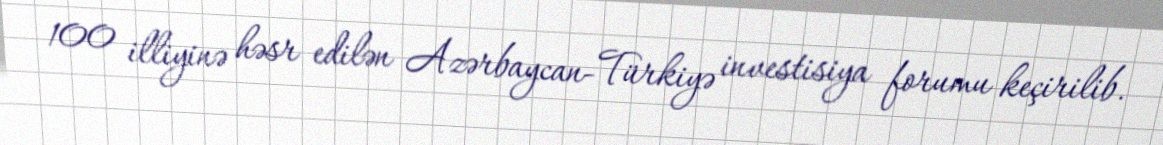
100 illiyinə həsr edilən Azərbaycan-Türkiyə investisiya forumu keçirilib.